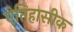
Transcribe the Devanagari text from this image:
एेतिहासीक